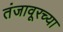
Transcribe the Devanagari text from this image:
तंजावूरच्या